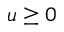
u \geq 0